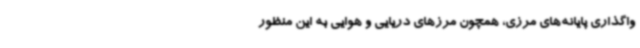
واگذاری پایانه‌های مرزی، همچون مرزهای دریایی و هوایی به این منظور